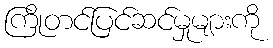
ကြိုတင်ပြင်ဆင်မှုများကို